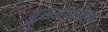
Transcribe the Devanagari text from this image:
बुरुजावरून